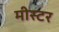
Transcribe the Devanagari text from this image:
मीस्टर